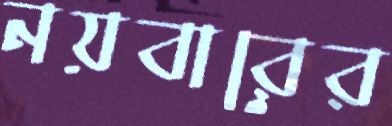
নয়বারের